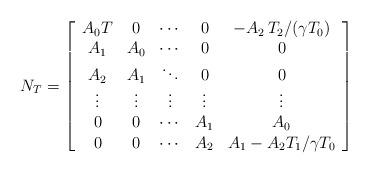
LaTeX: \begin{align*}N_{T} =\left[\begin{array}{ccccc}A_0 T & 0 & \cdots & 0 & -A_2 \, T_2/ (\gamma T_0) \\A_1 & A_0 & \cdots & 0 & 0 \\A_2 & A_1 & \ddots & 0 & 0 \\\vdots & \vdots & \vdots & \vdots & \vdots \\0 & 0 & \cdots & A_1 & A_0 \\0 & 0 & \cdots & A_2 & A_1 - A_2T_1/\gamma T_0 \end{array}\right]\end{align*}